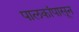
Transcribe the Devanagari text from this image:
पालकांपासून